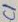
Text: C1